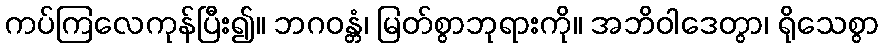
ကပ်ကြလေကုန်ပြီး၍။ ဘဂဝန္တံ၊ မြတ်စွာဘုရားကို။ အဘိဝါဒေတွာ၊ ရိုသေစွာ